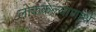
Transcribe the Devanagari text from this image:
लोककल्याणार्थ